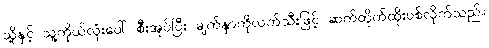
သို့နှင့် သူ့ကိုယ်လုံးပေါ် စီးအုပ်ပြီး မျက်နှာကိုလက်သီးဖြင့် ဆက်တိုက်ထိုးပစ်လိုက်သည်။